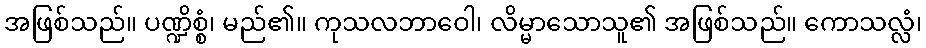
အဖြစ်သည်။ ပဏ္ဍိစ္စံ၊ မည်၏။ ကုသလဘာဝေါ၊ လိမ္မာသောသူ၏ အဖြစ်သည်။ ကောသလ္လံ၊